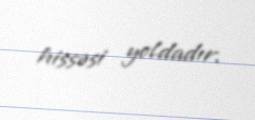
hissəsi yoldadır.